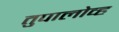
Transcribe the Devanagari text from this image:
तुपालोव्ह